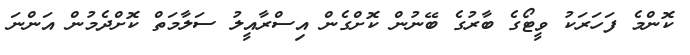
ކޮންމެ ފަހަރަކު ވީޓޯގެ ބާރުގެ ބޭނުން ކޮށްގެން އިސްރާއީލު ސަލާމަތް ކޮށްދެމުން އަންނަ